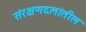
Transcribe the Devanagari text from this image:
संरक्षणदलांतील